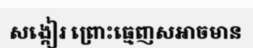
សង្កៀរ ព្រោះធ្មេញសអាចមាន